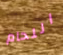
اللحام